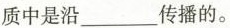
质中是沿___传播的。